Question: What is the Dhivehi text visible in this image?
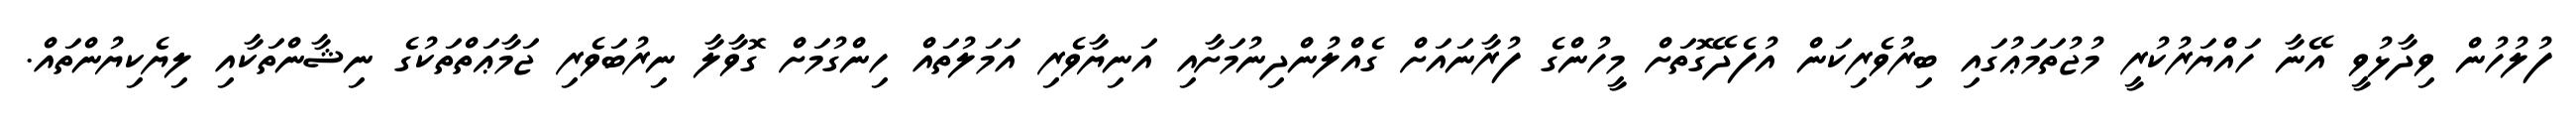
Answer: ފުލުހުން ވިދާޅުވީ އޭނާ ހައްޔަރުކުރީ މުޖުތަމަޢުގައި ބިރުވެރިކަން އުފެދޭގޮތަށް މީހުންގެ ފުރާނައަށް ގެއްލުންދިނުމަށާއި އަނިޔާވެރި އަމަލުތައް ހިންގުމަށް ގޮވާލާ ނިރުބަވެރި ޖަމާޢަތްތަކުގެ ނިޝާންތަކާއި ލިޔެކިޔުންތައް.